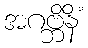
အဂဗ္ဘိနိံ